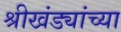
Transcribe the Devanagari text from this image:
श्रीखंड्यांच्या